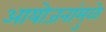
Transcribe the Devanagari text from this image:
आयोजनांमुळे